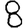
Digit: 8